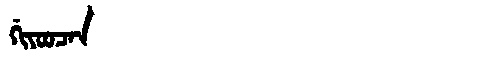
Manchu: ᡤᡳᠶᠣᠣᠴᠠᠨ
Romanization: GIYOOCAN